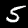
Digit: 5